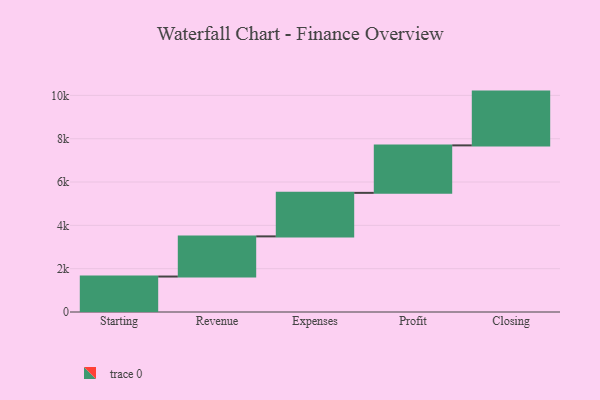
{"axis": {"x": "Step", "y": "Value"}, "legend": [""], "data": [{"x": "Starting", "y": 1637.0, "type": ""}, {"x": "Revenue", "y": 1854.0, "type": ""}, {"x": "Expenses", "y": 2009.0, "type": ""}, {"x": "Profit", "y": 2192.0, "type": ""}, {"x": "Closing", "y": 2483.0, "type": ""}]}